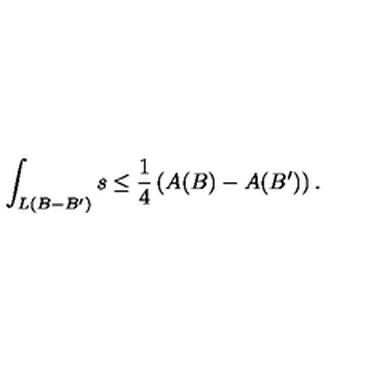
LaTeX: \int _ { L ( B - B ^ { \prime } ) } s \leq \frac { 1 } { 4 } \left( A ( B ) - A ( B ^ { \prime } ) \right) .